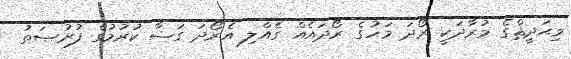
މިޙަދީޘްގެ މުރާދަކީ ރޯދަ މަހުގެ ރޯދައެއް ގެއްލި އެރޯދަ ގަޟާ ކުރުމުގެ ފުރުޞަތު